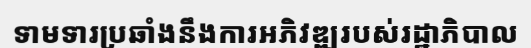
ទាមទារប្រឆាំងនឹងការអភិវឌ្ឍរបស់រដ្ឋាភិបាល